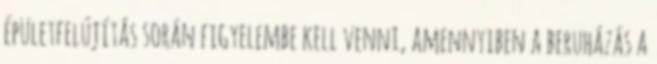
épületfelújítás során figyelembe kell venni, amennyiben a beruházás a